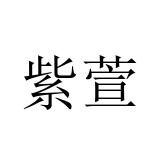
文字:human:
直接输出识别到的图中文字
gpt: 紫萱